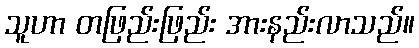
သူဟာ တဖြည်းဖြည်း အားနည်းလာသည်။